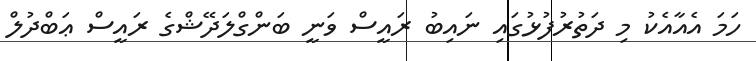
ހަމަ އެއާއެކު މި ދަތުރުފުޅުގައި ނައިބު ރައީސް ވަނީ ބަންގްލަދޭޝްގެ ރައީސް ޢަބްދުލް